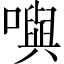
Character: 𡁎